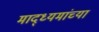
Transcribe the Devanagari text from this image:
माद्ध्यमांच्या